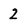
Character: 2